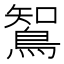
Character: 𮬼